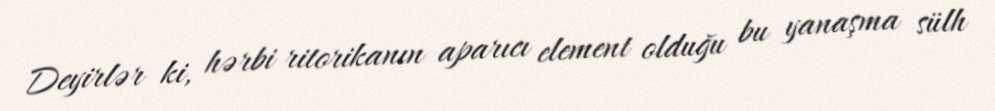
Deyirlər ki, hərbi ritorikanın aparıcı element olduğu bu yanaşma sülh